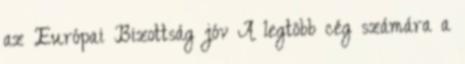
az Európai Bizottság jóv A legtöbb cég számára a